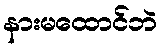
နားမထောင်ဘဲ